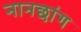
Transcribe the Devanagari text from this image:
नानछांग